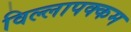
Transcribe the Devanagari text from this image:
विल्लापक्कम